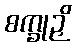
စက္ခုဉှိ